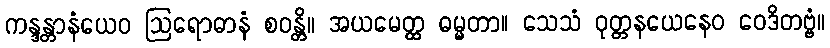
ကန္ဒန္တာနံယေဝ ဩရောဓာနံ စဝန္တိ။ အယမေတ္ထ ဓမ္မတာ။ သေသံ ဝုတ္တနယေနေဝ ဝေဒိတဗ္ဗံ။